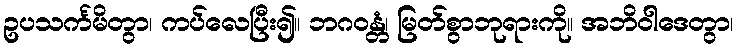
ဥပသင်္ကမိတွာ၊ ကပ်လေပြီး၍။ ဘဂဝန္တံ၊ မြတ်စွာဘုရားကို။ အဘိဝါဒေတွာ၊